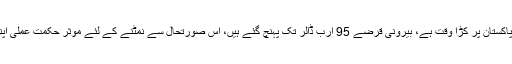
اس وقت پاکستان پر کڑا وقت ہے، بیرونی قرضے 95 ارب ڈالر تک پہنچ گئے ہیں، اس صورتحال سے نمٹنے کے لئے موثر حکمت عملی اپنانا ہوگی۔